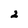
Character: 2